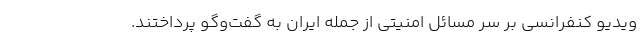
ویدیو کنفرانسی بر سر مسائل امنیتی از جمله ایران به گفت‌وگو پرداختند.